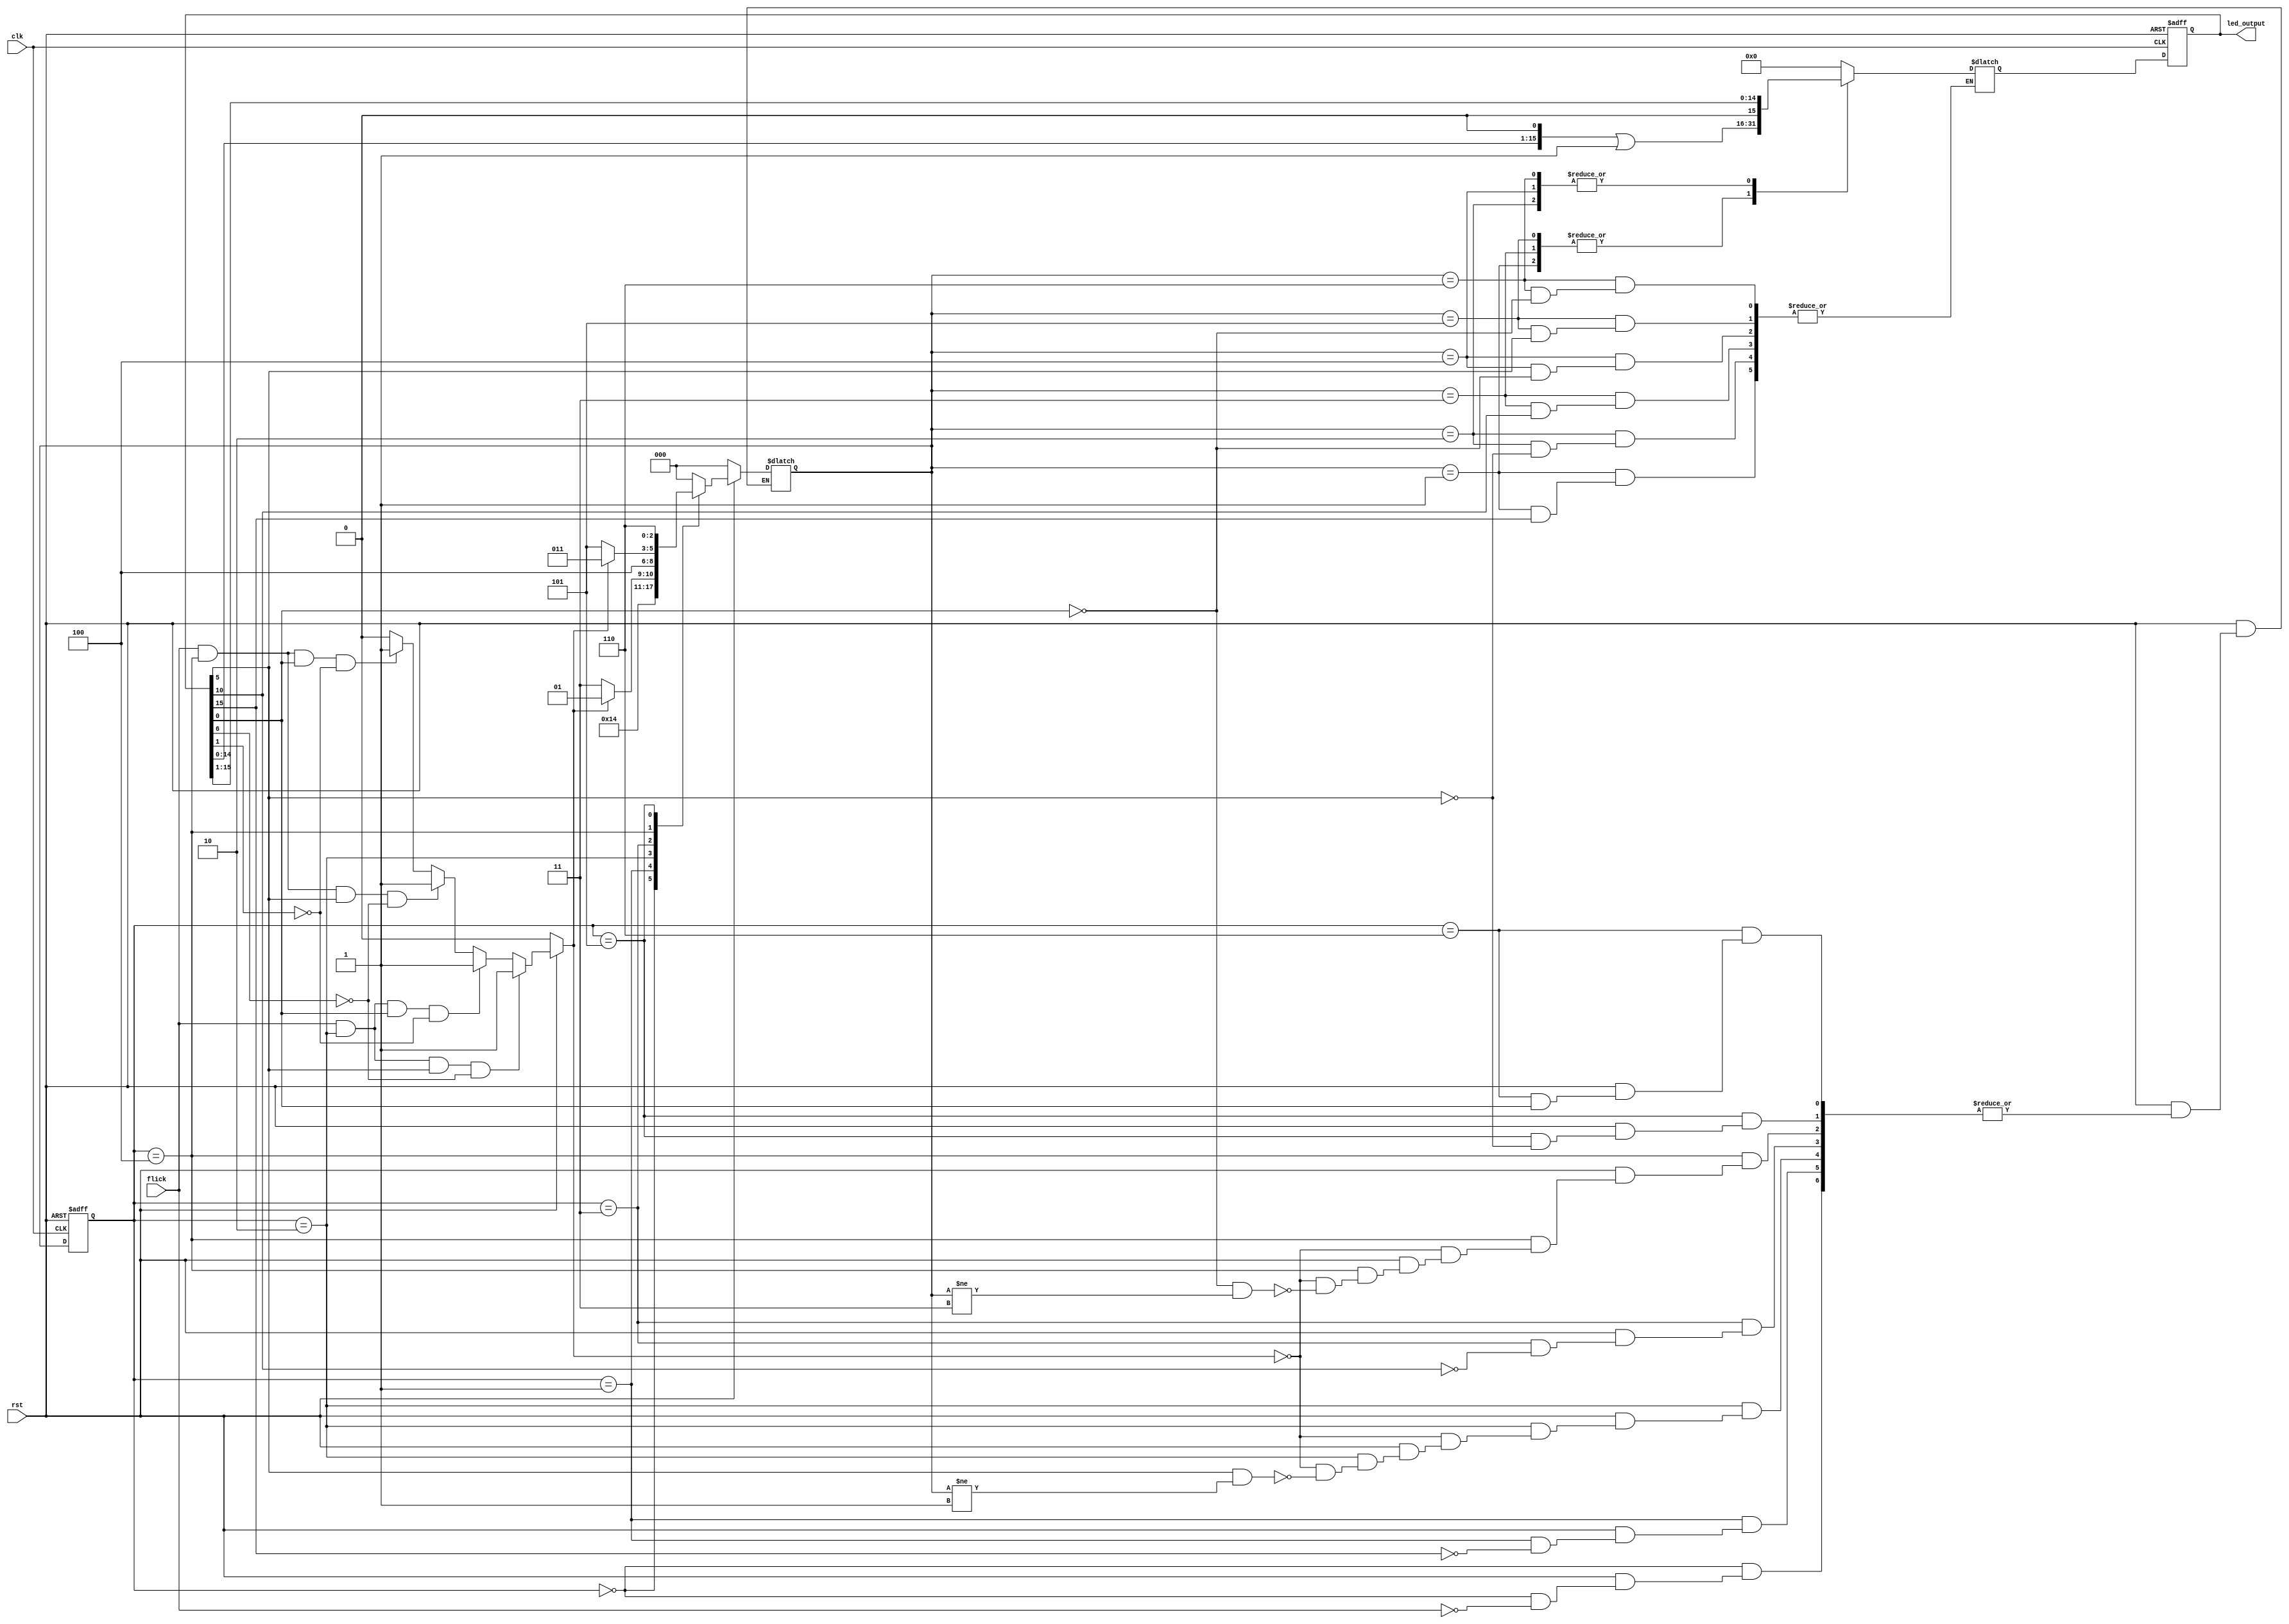
module boundFlasher (flick, clk, rst, led_output);
  input wire flick;
  input wire clk;
  input wire rst;
  output reg [15:0] led_output;
  
  reg [2:0] state;
  reg [2:0] stateR;
  reg [15:0] led_buffer;
  
  reg flickFlag;
  
  always @(posedge clk or negedge rst) begin
    if (rst == 1'b0) begin
      led_output <= 16'b0;
    end
    else begin
      led_output <= led_buffer;
    end
  end
  
  always @(*) begin
    case(state)
		3'b000: begin
			led_buffer = 16'b0;
		end

		3'b001: begin
			if (led_output[15] != 1) begin
				led_buffer = (led_output << 1) | 1'b1;
			end
		end

		3'b010: begin
			if (led_output[5] != 0) begin
				led_buffer = (led_output >> 1);
			end
		end
        
		3'b011: begin
			if (led_output[10] != 1) begin
				led_buffer = (led_output << 1) | 1'b1;
			end
		end

		3'b100: begin
			if (led_output[0] != 0) begin
				led_buffer = (led_output >> 1);
			end
		end

		3'b101: begin
			if (led_output[5] != 1) begin
				led_buffer = (led_output << 1) | 1'b1;
			end
		end

		3'b110: begin
			if (led_output[0] != 0) begin
				led_buffer = (led_output >> 1);
			end
		end
        
		default: begin
			led_buffer = 16'b0;
		end
		endcase
  end
  
  
  
  always @(posedge clk or negedge rst) begin
    if (rst == 1'b0) begin
      stateR <= 3'b000;
    end
    else begin
      stateR <= state;
    end
  end
  
  always @(*) begin
    if (rst == 1'b0) begin
      flickFlag = 1'b0;
    end
    else if (flick == 1'b1 && stateR == 3'b010 && led_output[5] == 1 && led_output[6] == 0) begin
      flickFlag = 1'b1;
    end
    else if (flick == 1'b1 && stateR == 3'b010 && led_output[0] == 1 && led_output[1] == 0) begin
      flickFlag = 1'b1;
    end    
    else if (flick == 1'b1 && stateR == 3'b100 && led_output[5] == 1 && led_output[6] == 0) begin
      flickFlag = 1'b1;
    end 
    else if (flick == 1'b1 && stateR == 3'b100 && led_output[0] == 1 && led_output[1] == 0) begin
      flickFlag = 1'b1;
    end
    else begin
      flickFlag = 1'b0;
    end
  end
  
  
  always @(*) begin
    if (rst == 1'b0) begin
      state = 3'b000;
    end
    else begin
    case (stateR)
      3'b000: begin //INITIAL
        if (flick == 1) begin
          state = 3'b001;
        end
      end
      
      3'b001: begin //STATE_1
        if (led_output[15] == 1) begin
          state = 3'b010;
        end
      end
      
      3'b010: begin	//STATE_2
        if (flickFlag == 1'b1) begin
            state = 3'b001;
        end
        else if (led_output[5] == 1 && state != 3'b001) begin
             state = 3'b011;
        end
      end
      
      3'b011: begin //STATE_3
        if (led_output[10] == 1) begin
          state = 3'b100;
        end 
      end
      
      3'b100: begin	//STATE_4
        if (flickFlag == 1'b1) begin
            state = 3'b011;
        end
		    else if (led_output[0] == 0 && state != 3'b011) begin
             state = 3'b101;
        end
      end
      
      3'b101: begin //STATE_5
        if (led_output[5] == 1) begin
			      state = 3'b110;
        end
      end
      
      3'b110: begin //FINAL
		    if (led_output[0] == 0) begin
          state = 3'b000;
        end
      end
      
      default: state = 3'b000;
    endcase
    end
  end
  

endmodule